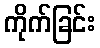
ကိုက်ခြင်း